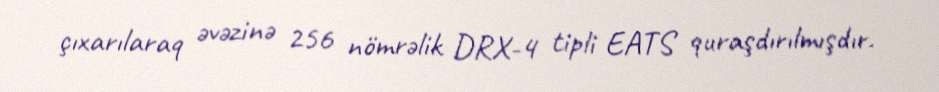
çıxarılaraq əvəzinə 256 nömrəlik DRX-4 tipli EATS quraşdırılmışdır.